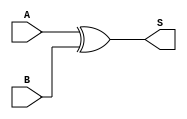
module xor_gate (
    input A,B, output S
);
assign S = A^B;
    
endmodule